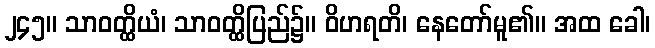
၂၄၅။ သာဝတ္ထိယံ၊ သာဝတ္ထိပြည်၌။ ဝိဟရတိ၊ နေတော်မူ၏။ အထ ခေါ၊